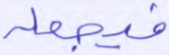
فيجعله